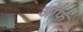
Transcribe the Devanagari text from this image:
ऑफ